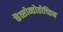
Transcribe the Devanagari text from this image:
केंत्सोन्तोतोच्तिन